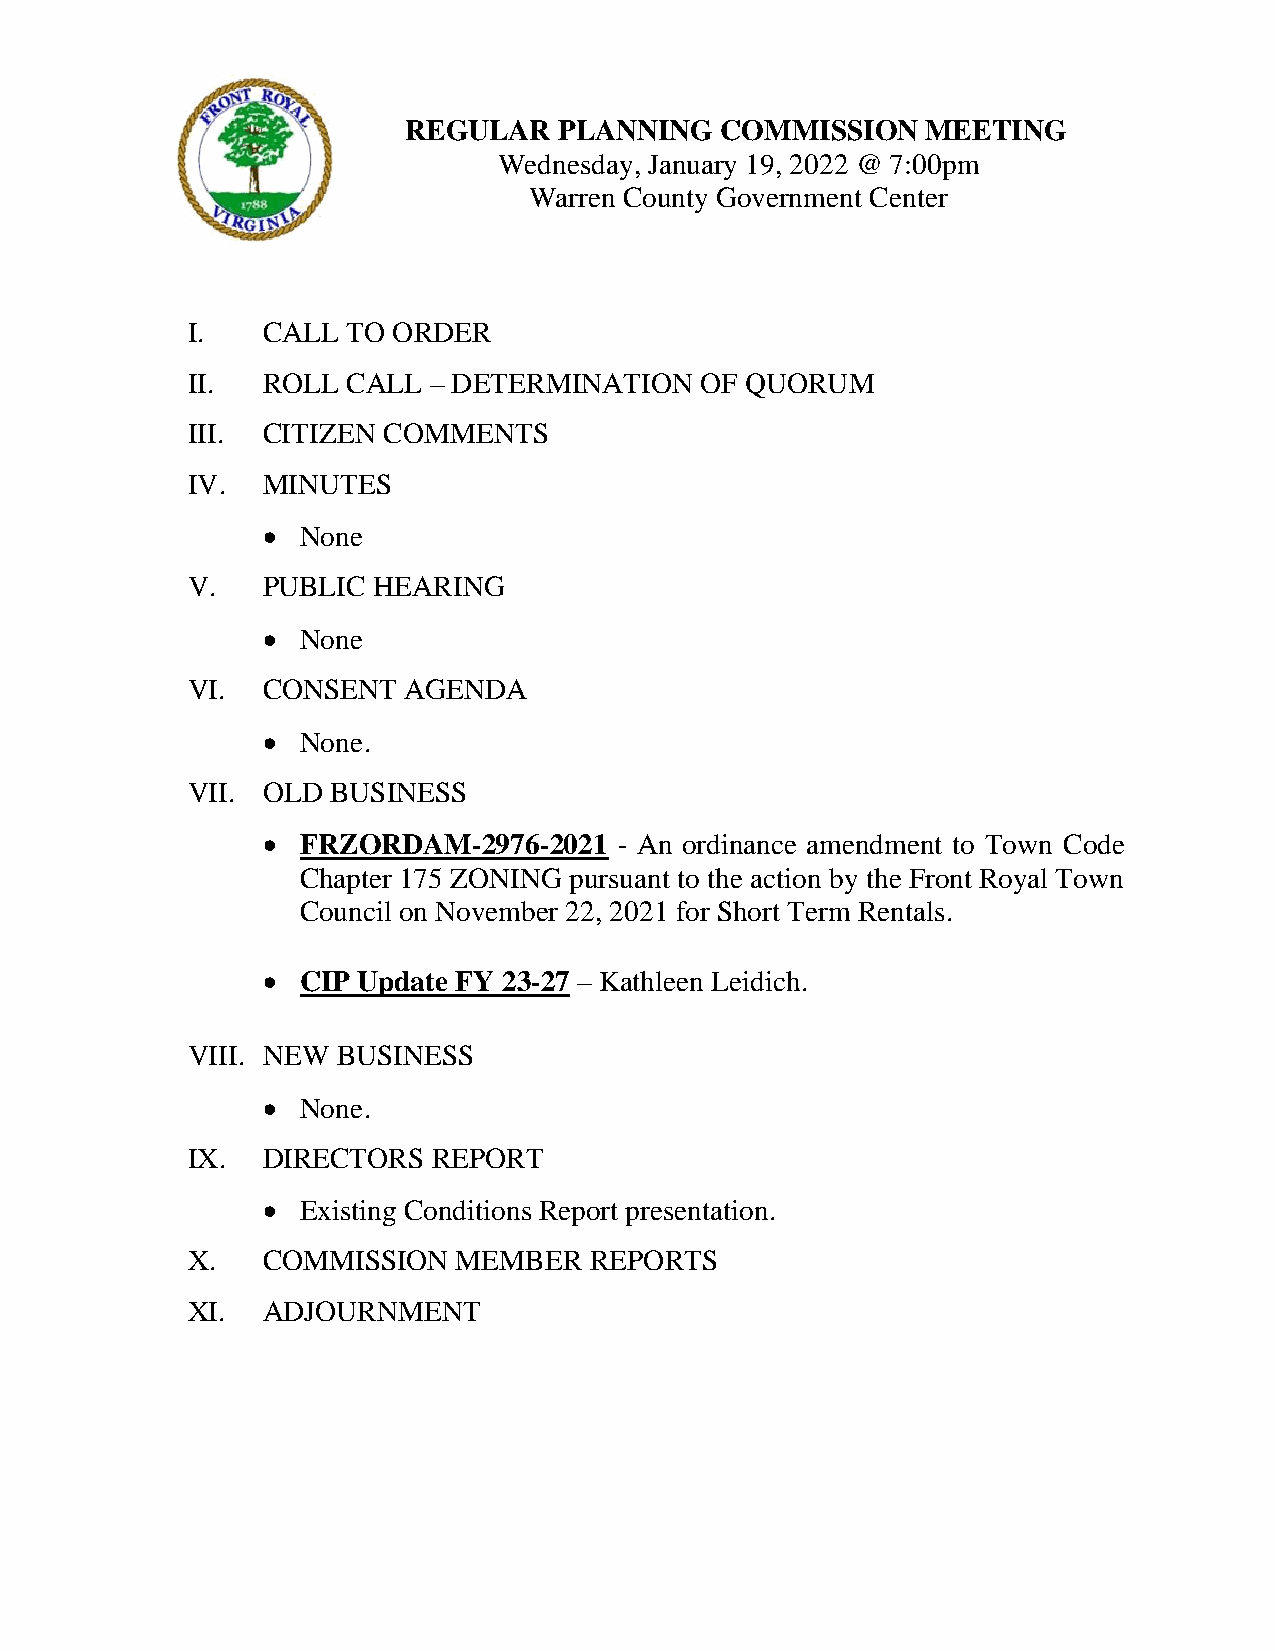
REGULAR   PLANNING   COMMISSION   MEETING
 Wednesday, January 19, 2022 @ 7:00pm
 Warren County Government Center
 I.   CALL  TO ORDER
 II.  ROLL  CALL – DETERMINATION   OF QUORUM
 III. CITIZEN COMMENTS
 IV.  MINUTES
 •  None
 V.   PUBLIC  HEARING
 •  None
 VI.  CONSENT   AGENDA
 •  None.
 VII. OLD  BUSINESS
 •  FRZORDAM-2976-2021   - An ordinance amendment to Town Code
 Chapter 175 ZONING pursuant to the action by the Front Royal Town
 Council on November 22, 2021 for Short Term Rentals.
 •  CIP Update FY 23-27 – Kathleen Leidich.
 VIII. NEW BUSINESS
 •  None.
 IX.  DIRECTORS   REPORT
 •  Existing Conditions Report presentation.
 X.   COMMISSION   MEMBER   REPORTS
 XI.  ADJOURNMENT